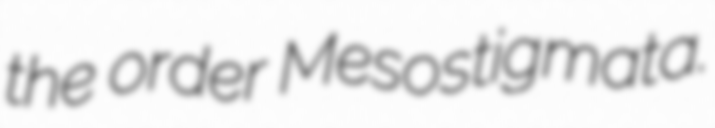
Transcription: the order Mesostigmata.